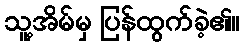
သူ့အိမ်မှ ပြန်ထွက်ခဲ့၏။